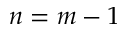
n = m - 1